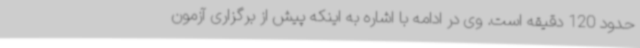
حدود 120 دقیقه است. وی در ادامه با اشاره به اینکه پیش از برگزاری آزمون